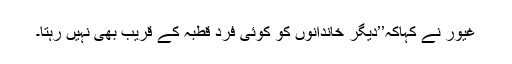
غیور نے کہاکہ’’دیگر خاندانوں کو کوئی فرد قطبہ کے قریب بھی نہیں رہتا۔